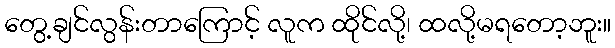
တွေ့ချင်လွန်းတာကြောင့် လူက ထိုင်လို့၊ ထလို့မရတော့ဘူး။